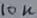
Text: 10K